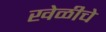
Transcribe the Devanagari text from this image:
खेळीचे